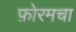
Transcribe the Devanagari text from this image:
फ़ोरमचा